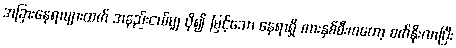
အခြားနေရာများထက် အနည်းငယ်မျှ ပို၍ မြင့်သော နေရာရှိ ကားနှစ်စီးကတော့ စက်နိုးလာပြီး